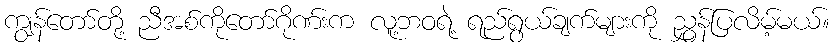
ကျွန်တော်တို့ ညီအစ်ကိုတော်ဂိုဏ်းက လူ့ဘဝရဲ့ ရည်ရွယ်ချက်များကို ညွှန်ပြလိမ့်မယ်။